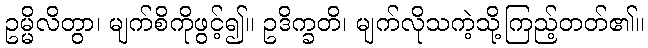
ဥမ္မိလိတွာ၊ မျက်စိကိုဖွင့်၍။ ဥဒိက္ခတိ၊ မျက်လိုသကဲ့သို့ကြည့်တတ်၏။